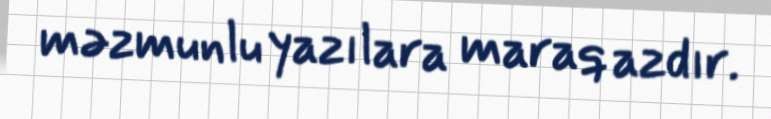
məzmunlu yazılara maraq azdır.